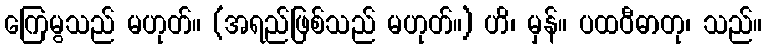
ကြေမွသည် မဟုတ်။ (အရည်ဖြစ်သည် မဟုတ်။) ဟိ၊ မှန်။ ပထဝီဓာတု၊ သည်။